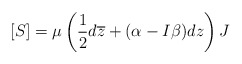
\begin{align*}[S]=\mu\left(\frac{1}{2}d\overline{z}+(\alpha-I\beta)dz\right)J\end{align*}